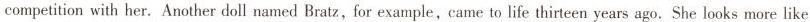
competitionwith her. Another doll named Bratz,for example, came to life thirteen years ago. She looks more like